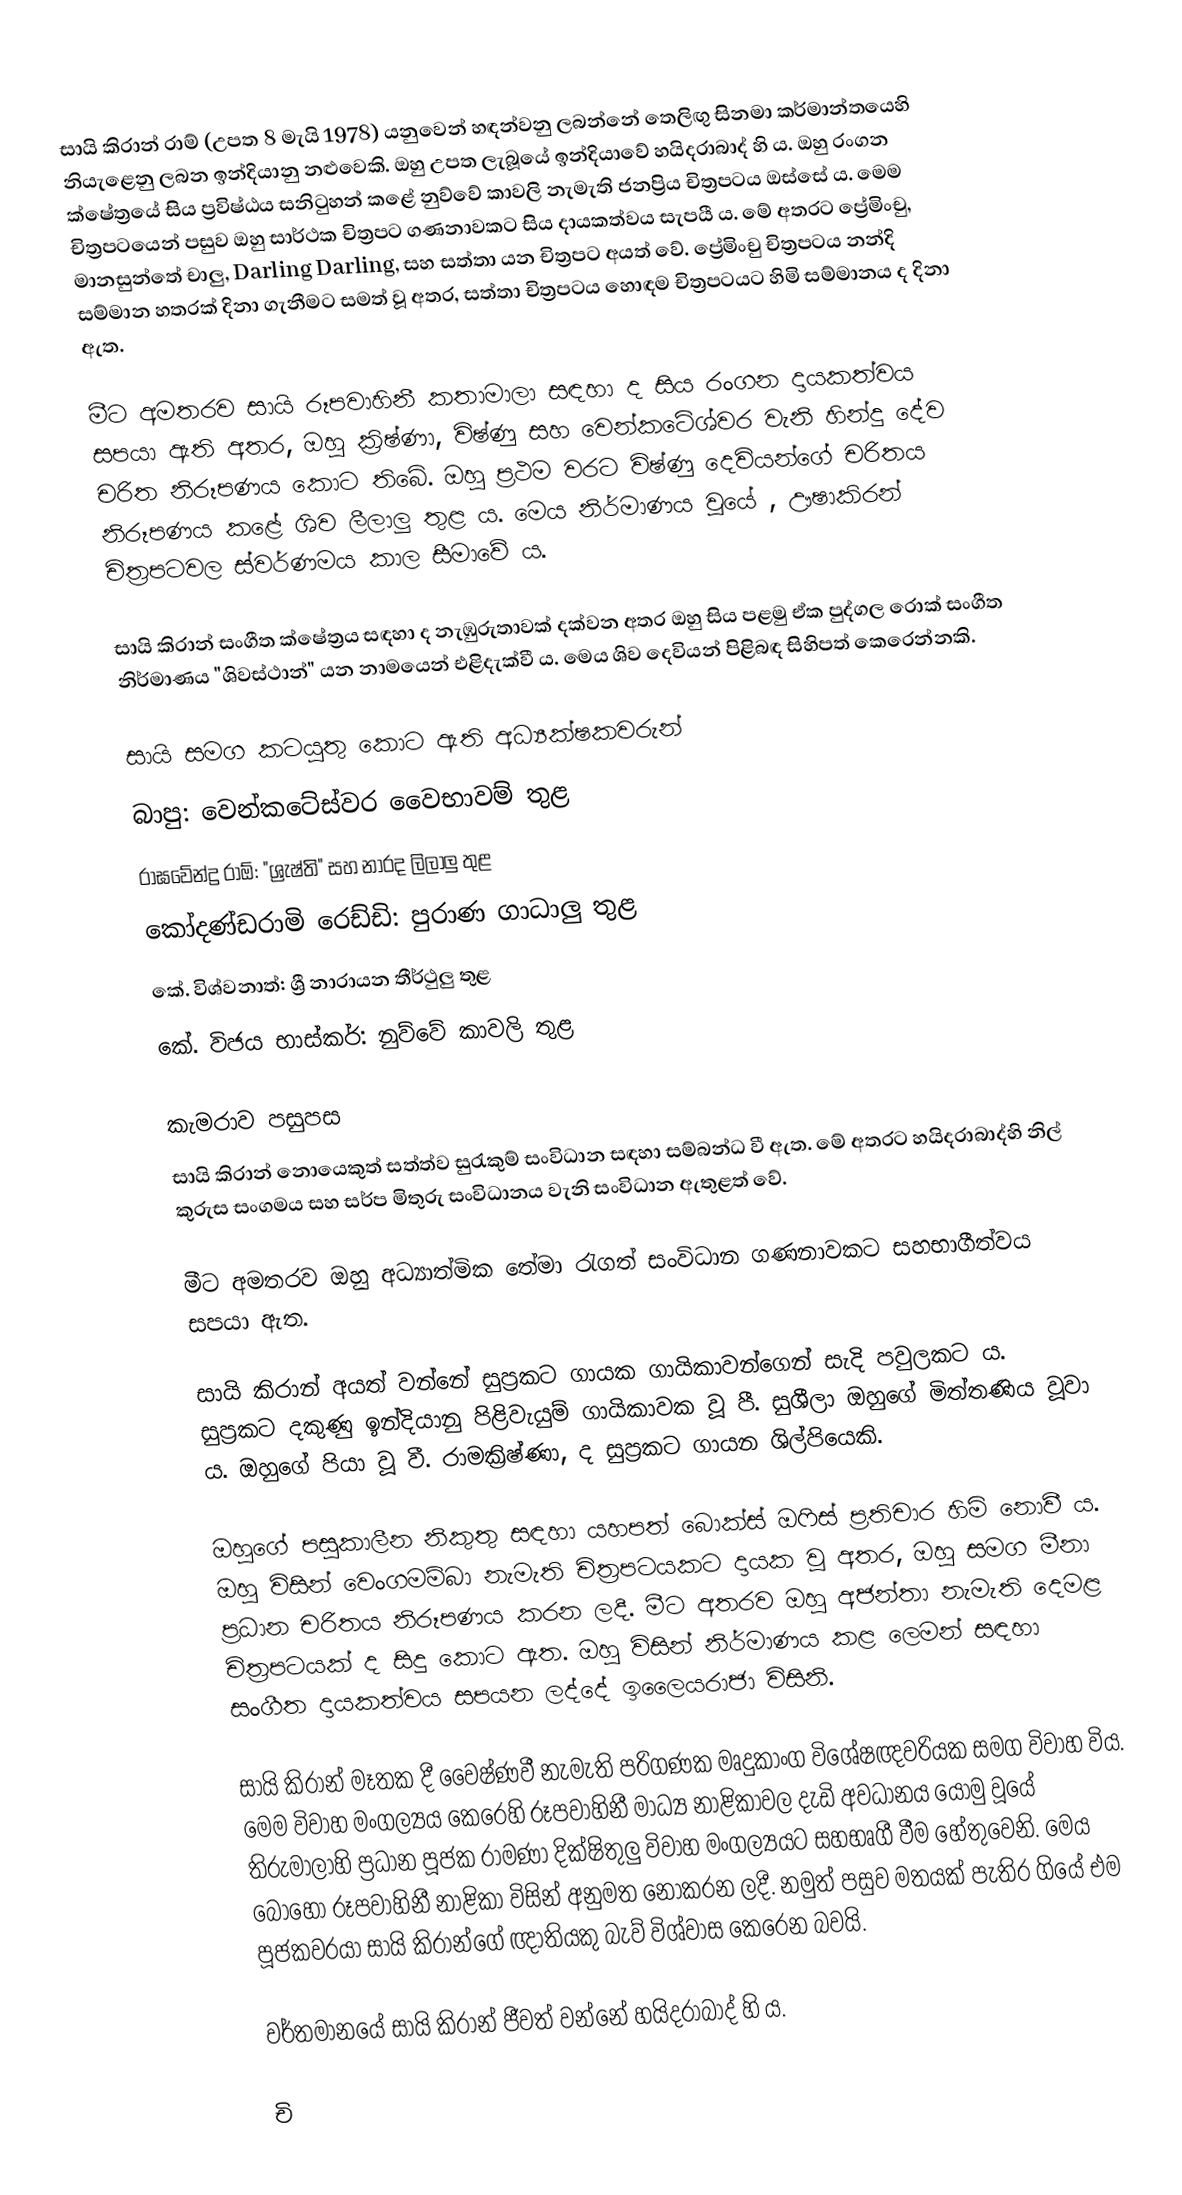
සායි කිරාන් රාම් (උපත 8 මැයි 1978) යනුවෙන් හඳන්වනු ලබන්නේ තෙලිඟු සිනමා කර්මාන්තයෙහි නියැළෙනු ලබන ඉන්දියානු නළුවෙකි. ඔහු උපත ලැබූයේ ඉන්දියාවේ හයිදරාබාද් හි ය. ඔහු රංගන ක්ෂේත්‍රයේ සිය ප්‍රවිෂ්ඨය සනිටුහන් කළේ නුව්වේ කාවලි නැමැති ජනප්‍රිය චිත්‍රපටය ඔස්සේ ය. මෙම චිත්‍රපටයෙන් පසුව ඔහු සාර්ථක චිත්‍රපට ගණනාවකට සිය දායකත්වය සැපයී ය. මේ අතරට ප්‍රේමිංචු, මානසුන්තේ චාලු, Darling Darling, සහ සත්තා යන චිත්‍රපට අයත් වේ. ප්‍රේමිංචු චිත්‍රපටය නන්දි සම්මාන හතරක් දිනා ගැනීමට සමත් වූ අතර, සත්තා චිත්‍රපටය හොඳම චිත්‍රපටයට හිමි සම්මානය ද දිනා ඇත.

මීට අමතරව සායි රූපවාහිනී කතාමාලා සඳහා ද සිය රංගන දායකත්වය සපයා ඇති අතර, ඔහු ක්‍රිෂ්ණා, විෂ්ණු සහ වෙන්ක‍ටේශ්වර වැනි හින්දු දේව චරිත නිරූපණය කොට තිබේ. ඔහු ප්‍රථම වරට විෂ්ණු දෙවියන්ගේ චරිතය නිරූපණය කළේ ශිව ලීලාලු තුළ ය. මෙය නිර්මාණය වූයේ , ඌෂාකිරන් චිත්‍රපටවල ස්වර්ණමය කාල සීමාවේ ය.

සායි කිරාන් සංගීත ක්ෂේත්‍රය සඳහා ද නැඹුරුතාවක් දක්වන අතර ඔහු සිය පළමු ඒක පුද්ගල රොක් සංගීත නිර්මාණය "ශිවස්ථාන්" යන නාමයෙන් එළිදැක්වී ය. මෙය ශිව දෙවියන් පිළිබඳ සිහිපත් කෙරෙන්නකි.

සායි සමග කටයුතු කොට ඇති අධ්‍යක්ෂකවරුන්
 බාපු: වෙන්කටේස්වර වෛභාවම් තුළ
 රාඝවේන්ද්‍ර රාඕ: "ශ්‍රැෂ්ති" සහ නාරද ලිලාලු තුළ
 කෝදණ්ඩරාමි රෙඩ්ඩි: පුරාණ ගාධාලු තුළ
 කේ. විශ්වනාත්: ශ්‍රී නාරායන තීර්ථුලු තුළ
 කේ. විජය භාස්කර්: නුව්වේ කාවලි තුළ

කැමරාව පසුපස
සායි කිරාන් නොයෙකුත් සත්ත්ව සුරැකුම් සංවිධාන සඳහා සම්බන්ධ වී ඇත. මේ අතරට හයිදරාබාද්හි නිල් කුරුස සංගමය සහ සර්ප මිතුරු සංවිධානය වැනි සංවිධාන ඇතුළත් වේ.

මීට අමතරව ඔහු අධ්‍යාත්මික තේමා රැගත් සංවිධාන ගණනාවකට සහභාගීත්වය සපයා ඇත.

සායි කිරාන් අයත් වන්නේ සුප්‍රකට ගායක ගායිකාවන්ගෙන් සැදි පවුලකට ය. සුප්‍රකට දකුණු ඉන්දියානු පිළිවැයුම් ගායිකාවක වූ පී. සුශීලා ඔහුගේ මිත්තණිය වූවා ය. ඔහුගේ පියා වූ වී. රාමක්‍රිෂ්ණා, ද සුප්‍රකට ගායන ශිල්පියෙකි‍.

ඔහුගේ පසුකාලීන නිකුතු සඳහා යහපත් බොක්ස් ඔෆිස් ප්‍රතිචාර හිමි නොවී ය. ඔහු විසින් වෙංගමම්බා නැමැති චිත්‍රපටයකට දායක වූ අතර, ඔහු සමග මීනා ප්‍රධාන චරිතය නිරූපණය කරන ලදී. මීට අතරව ඔහු අජන්තා නැමැති දෙමළ චිත්‍රපටයක් ද සිදු කොට ඇත. ඔහු විසින් නිර්මාණය කළ ලෙමන් සඳහා සංගීත දායකත්වය සපයන ලද්දේ ඉලෛයරාජා විසිනි.

සායි කිරාන් මෑතක දී වෛෂ්ණවී නැමැති පරිගණක මෘදුකාංග විශේෂඥවරියක සමග විවාහ විය. මෙම විවාහ මංගල්‍යය කෙරෙහි රූපවාහිනී මාධ්‍ය නාළිකාවල දැඩි අවධානය යොමු වූයේ තිරුමාලාහි ප්‍රධාන පූජක රාමණා දික්ෂිතුලු විවාහ මංගල්‍යයට සහභෘගී වීම හේතුවෙනි. මෙය බොහෝ රූපවාහිනී නාළිකා විසින් අනුමත නොකරන ලදී. නමුත් පසුව මතයක් පැතිර ගියේ එම පූජකවරයා සායි කිරාන්ගේ ඥාතියකු බැව් විශ්වාස කෙරෙන බවයි.

වර්තමානයේ සායි කිරාන් ජීවත් වන්නේ හයිදරාබාද් හි ය.

චි